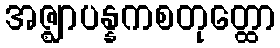
အဇ္ဈာပန္နကစတုတ္ထော